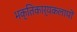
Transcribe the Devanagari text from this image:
भक्तिकार्यकलापों